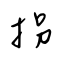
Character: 拐